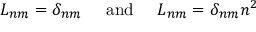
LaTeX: L _ { n m } = \delta _ { n m } \; \; \; \; \; \mathrm { a n d } \; \; \; \; \; L _ { n m } = \delta _ { n m } n ^ { 2 }